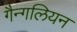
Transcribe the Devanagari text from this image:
गैन्गलियन